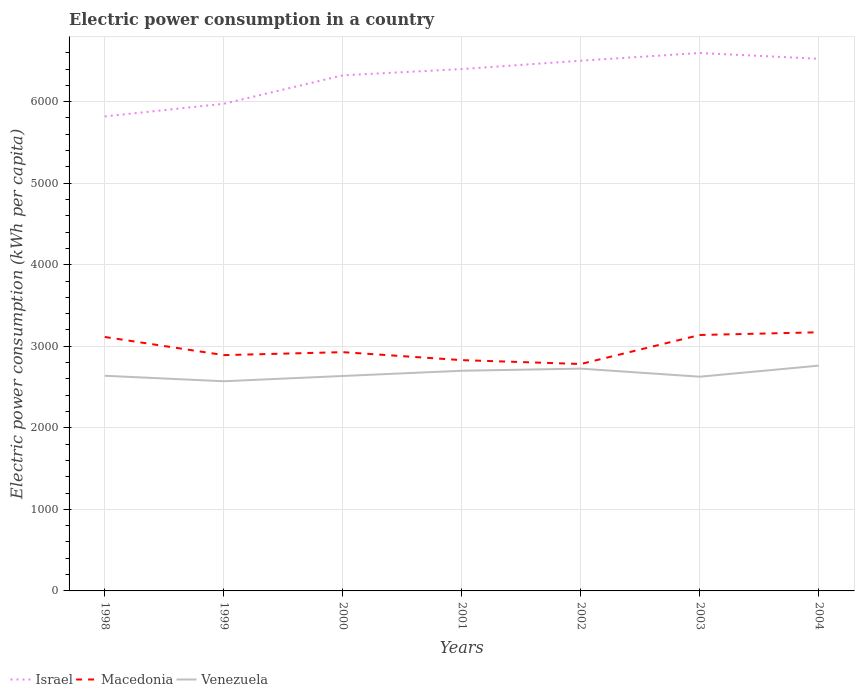
| Years | Israel | Macedonia | Venezuela |
 | --- | --- | --- | --- |
 | 1998 | 5.82e+03 | 3.11e+03 | 2.64e+03 |
 | 1999 | 5.97e+03 | 2.89e+03 | 2.57e+03 |
 | 2000 | 6.32e+03 | 2.93e+03 | 2.64e+03 |
 | 2001 | 6.4e+03 | 2.83e+03 | 2.7e+03 |
 | 2002 | 6.5e+03 | 2.78e+03 | 2.73e+03 |
 | 2003 | 6.6e+03 | 3.14e+03 | 2.63e+03 |
 | 2004 | 6.53e+03 | 3.17e+03 | 2.76e+03 |